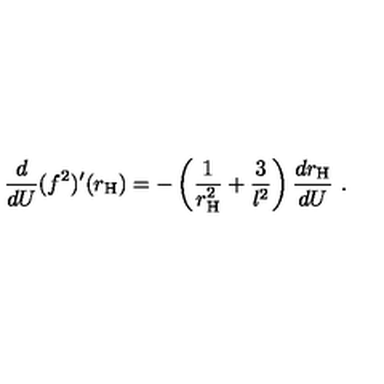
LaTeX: \frac { d } { d U } ( f ^ { 2 } ) ^ { \prime } ( r _ { \mathrm { \tiny H } } ) = - \left( \frac { 1 } { r _ { \mathrm { \tiny H } } ^ { 2 } } + \frac { 3 } { l ^ { 2 } } \right) \frac { d r _ { \mathrm { \tiny H } } } { d U } \ .